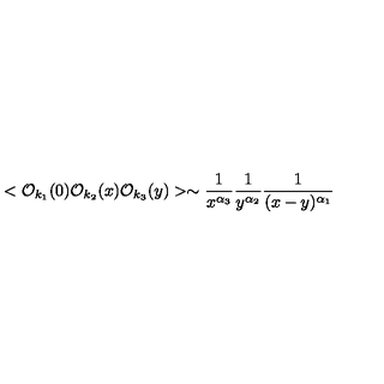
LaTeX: < { \cal O } _ { k _ { 1 } } ( 0 ) { \cal O } _ { k _ { 2 } } ( x ) { \cal O } _ { k _ { 3 } } ( y ) > \sim \frac { 1 } { x ^ { \alpha _ { 3 } } } \frac { 1 } { y ^ { \alpha _ { 2 } } } \frac { 1 } { ( x - y ) ^ { \alpha _ { 1 } } }